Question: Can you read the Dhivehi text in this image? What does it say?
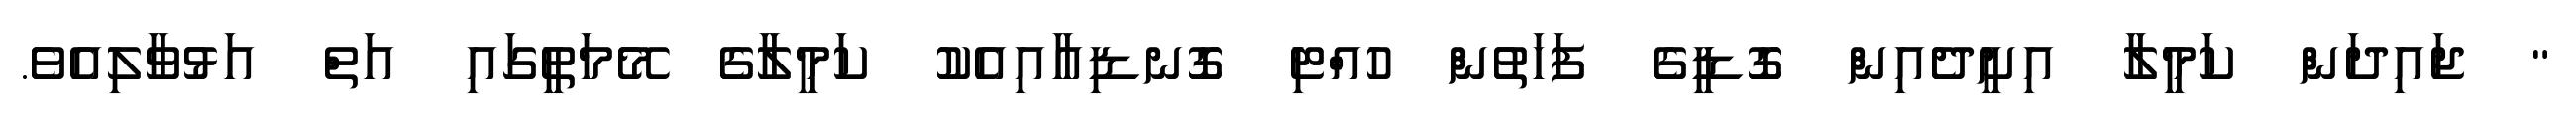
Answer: " ޖައިދަން ކަމީލާ އިށީދެއިން ގޮޑީގެ ފަހަތުން ހުއްޓި ގޮނޑިއާއިއެކު ކަމީލާގެ މޭމަތީގައި އަތް އަޅުވާލިއެވެ.